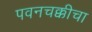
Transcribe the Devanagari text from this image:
पवनचक्कीचा